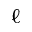
\ell